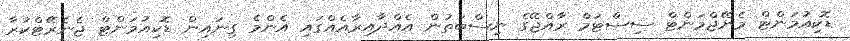
ޑޮކިއުމަންޓް މެނޭޖްމަންޓް ސިސްޓަމް ރާއްޖޭގެ ނިސްބަތުން އެއްދާއިރާއެއްގައި އެންމެ ގިނައިން ޑޮކިއުމަންޓް ޖެނެރޭޓްކުރާ